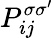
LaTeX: P_{ij}^{\sigma\sigma^{\prime}}